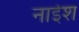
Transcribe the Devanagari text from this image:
नाईश